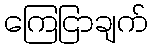
ကြေငြာချက်